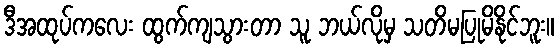
ဒီအထုပ်ကလေး ထွက်ကျသွားတာ သူ ဘယ်လိုမှ သတိမပြုမိနိုင်ဘူး။